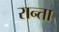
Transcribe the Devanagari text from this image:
रान्ता